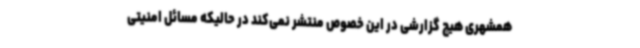
همشهری هیچ گزارشی در این خصوص منتشر نمی‌کند در حالیکه مسائل امنیتی